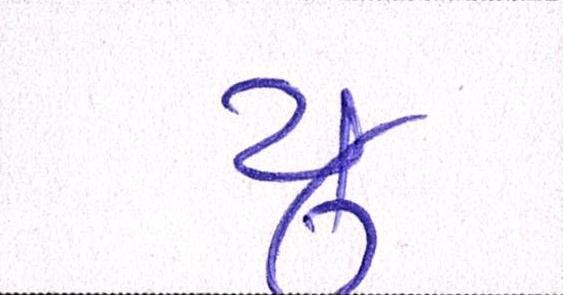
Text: યુ